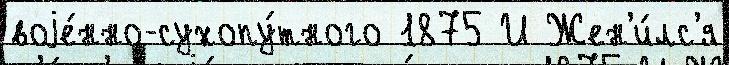
воjе́нно-сухопу́тного 1875 И Жен'и́лс'я